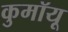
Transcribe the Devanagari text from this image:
कुमॉयू